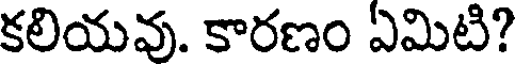
కలియవు. కారణం ఏమిటి?